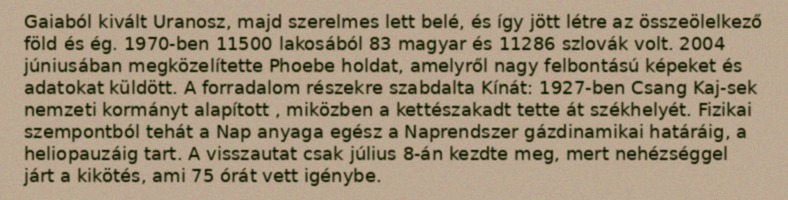
Gaiaból kivált Uranosz, majd szerelmes lett belé, és így jött létre az összeölelkező föld és ég. 1970-ben 11500 lakosából 83 magyar és 11286 szlovák volt. 2004 júniusában megközelítette Phoebe holdat, amelyről nagy felbontású képeket és adatokat küldött. A forradalom részekre szabdalta Kínát: 1927-ben Csang Kaj-sek nemzeti kormányt alapított , miközben a kettészakadt tette át székhelyét. Fizikai szempontból tehát a Nap anyaga egész a Naprendszer gázdinamikai határáig, a heliopauzáig tart. A visszautat csak július 8-án kezdte meg, mert nehézséggel járt a kikötés, ami 75 órát vett igénybe.